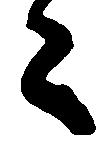
々